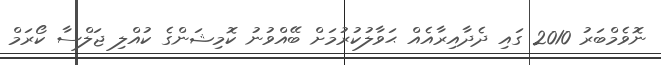
ނޮވެމްބަރު 2010 ގައި ދެދާއިރާއެއް ޙަވާލުކުރުމަށް ބޭއްވުނު ކޮމިޝަންގެ ކުއްލި ޖަލްސާ ކޯރަމް